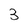
Character: 3